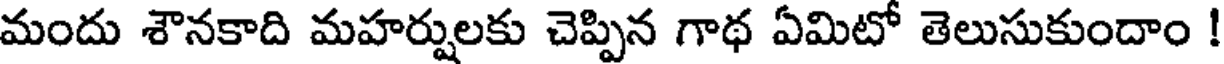
మందు శౌనకాది మహర్షులకు చెప్పిన గాథ ఏమిటో తెలుసుకుందాం !